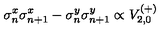
\sigma _ { n } ^ { x } \sigma _ { n + 1 } ^ { x } - \sigma _ { n } ^ { y } \sigma _ { n + 1 } ^ { y } \propto V _ { 2 , 0 } ^ { ( + ) }